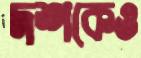
দশকেও